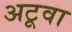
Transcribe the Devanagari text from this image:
अटूवा